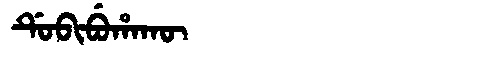
Manchu: ᡩᡠᠪᡳᠪᡠᡥᠠᡴᡡ
Romanization: DUBIBUHAKŪ